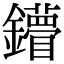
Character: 𨯠